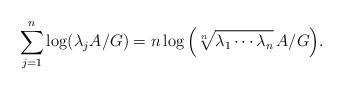
LaTeX: \begin{align*}\sum_{j=1}^n \log (\lambda_j A/G) = n \log \Big( \sqrt[n]{\lambda_1 \cdots \lambda_n} \, A/G \Big) .\end{align*}